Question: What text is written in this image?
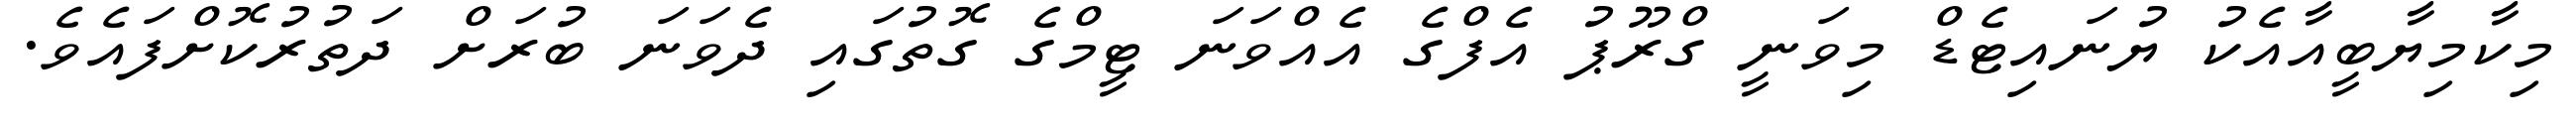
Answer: މިކާމިޔާބީއާއެކު ޔުނައިޓެޑް މިވަނީ ގްރޫޕު އެފްގެ އެއްވަނަ ޓީމްގެ ގޮތުގައި ދެވަނަ ބުރަށް ދަތުރުކޮށްފައެވެ.